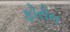
ફોરોન